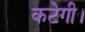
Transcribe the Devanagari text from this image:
कटेगी।